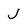
Character: j